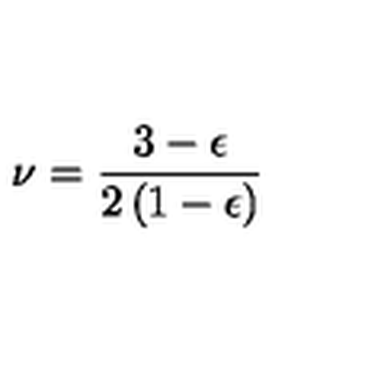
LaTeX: \nu = { \frac { 3 - \epsilon } { 2 \left( 1 - \epsilon \right) } }